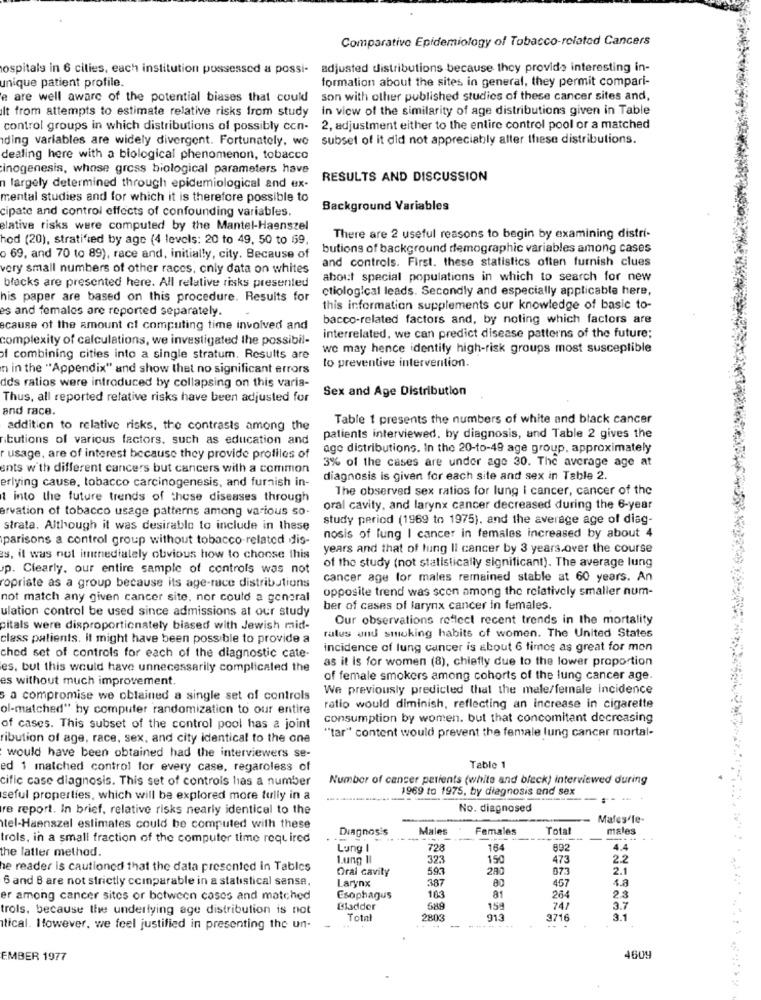
Comparative Epidemiology of Tobacco-related Cancers
ospitals in 6 cities, each institution possessed a possi- adjusted distributions because they provide interesting in-
formation about the sites in general, they permit compari-
unique patient profile.
e are well aware of the potential biases that could
son with other published studies of these cancer sites and,
It from attempts to estimate relative risks from study
in view of the similarity of age distributions given in Table
control groups in which distributions of possibly con- 2, adjustment either to the entire control pool or a matched
ding variables are widely divergent. Fortunately, wo
subset of it did not appreciably alter these distributions.
dealing here with a biological phenomenon, tobacco
inogenesis, whose gross biological parameters have
RESULTS AND DISCUSSION
n largely determined through epidemiological and ex-
mental studies and for which it is therefore possible to
cipate and control effects of confounding variables.
Background Variables
elative risks were computed by the Mantel-Haenszel
hod (20), stratified by age (4 levels: 20 to 49, 50 to 69.
There are 2 useful reasons to begin by examining distri-
butions of background demographic variables among cases
o 69, and 70 to 89), race and, initially, city. Because of
and controls. First. these statistics often furnish clues
very small numbers of other races, only data on whites
about special populations in which to search for new
blacks are presented here. All relative risks presented
ctiological leads. Secondly and especially applicable here,
his paper are based on this procedure. Results for
es and females are reported separately.
this information supplements cur knowledge of basic to-
bacco-related factors and, by noting which factors are
ecause of the amount of computing time involved and
complexity of calculations, we investigated the possibil-
interrelated, we can predict disease patterns of the future;
we may hence identify high-risk groups most susceptible
of combining cities into a single stratum. Results are
n in the "Appendix" and show that no significant errors
to preventive intervention.
dds ratios were introduced by collapsing on this varia-
Sex and Age Distribution
Thus, all reported relative risks have been adjusted for
and race.
Table 1 presents the numbers of white and black cancer
addition to relative risks, the contrasts among the
ritutions of various factors, such as education and
patients interviewed, by diagnosis, and Table 2 gives the
age distributions. In the 20-to-49 age group, approximately
r usage, are of interest because they provide profiles of
3% of the cases are undor age 30. The average age at
ants with different cancers but cancers with a common
erlying cause, tobacco carcinogenesis, and furnish in-
diagnosis is given for each site and sex in Table 2.
The observed sex ratios for lung I cancer, cancer of the
1 into the future trends of these diseases through
arvation of tobacco usage patterns among various so-
oral cavity, and larynx cancer decreased during the 6-year
study period (1969 to 1975), and the average age of diag-
strata. Although it was desirable to include in these
parisons a control group without tobacco-related dis-
nosis of lung | cancer in females increased by about 4
years and that of lung Il cancer by 3 years.over the course
s, it was not immediately obvious how to choose this
p. Clearly. our entire sample of controls was not
of the study (not statistically significant). The average lung
cancer age for males remained stable at 60 years. An
ropriate as a group because its age-race distributions
opposite trend was scon among the relatively smaller num-
not match any given cancer site, nor could a general
ulation control be used since admissions at our study
ber of cases of larynx cancer in females.
Our observations reflect recent trends in the mortality
pitals were disproportionately biased with Jewish mid-
class patients. It might have been possible to provide a
ratus and smoking habits of women. The United States
incidence of lung cancer is about 6 timos as great for mon
ched set of controls for each of the diagnostic cate
as it Is for women (8), chiefly due to the lower proportion
es, but this would have unnecessarily complicated the
es without much improvement.
of female smokers among cohorts of the lung cancer age.
We previously predicted that the male/female incidence
s a compromise we obtained a single set of controls
ol-matched" hy computer randomization to our entire
ratio would diminish, reflecting an increase in cigarette
consumption by women. but that concomitant decreasing
of cases. This subset of the control pool has a joint
ibution of age, race, sex, and city identical to the one
""tar" content would prevent the female lung cancer mortal-
would have been obtained had the interviewers se-
ed 1 matched control for every case, regaroless of
Table 1
cific case diagnosis. This set of controls has a number
Number of cancer patients (white and bleck) interviewed during
1969 to 1975, by diagnosis and sex
seful properties, which will be explored more tully in a
re report. In brief, relative risks nearly identical to the
No. diagnosed
Mafes fe-
tel-Haenszel estimates could be computed with these
Diagnosis
Males
Females
Total
males
trols, in a small fraction of the computer time required
Lung I
728
164
892
4.4
the latter method.
Lung Il
323
150
473
2.2
he reader is cautioned that the data presented in Tables
Oral cavity
593
073
2.1
6 and 8 are not strictly ccinparable in a statistical sanse,
Larynx
387
457
81
23
er among cancer sites or between coses and matched
Esophagus
264
trols, because the underlying age distribution is not
Eladder
589
159
747
3.7
Tota
2803
913
3716
3.1
tical. Itowever, we feel justified in presenting the un-
-
.. .
EMBER 1977
460y